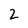
Character: 2